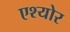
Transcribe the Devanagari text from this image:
एश्योर